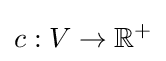
c:V\to \mathbb {R} ^{+}